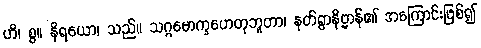
ဟိ၊ စွ။ နိရယော၊ သည်။ သဂ္ဂမောက္ခဟေတုဘူတာ၊ နတ်ရွာနိဗ္ဗာန်၏ အကြောင်းဖြစ်၍